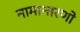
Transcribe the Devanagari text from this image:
नामान्तरणो